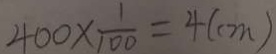
4 0 0 \times \frac { 1 } { 1 0 0 } = 4 ( c m )